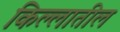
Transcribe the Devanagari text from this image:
किल्लातील